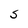
Character: S